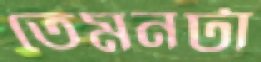
তেমনটা